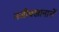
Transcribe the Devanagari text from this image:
नजीबखानाचें